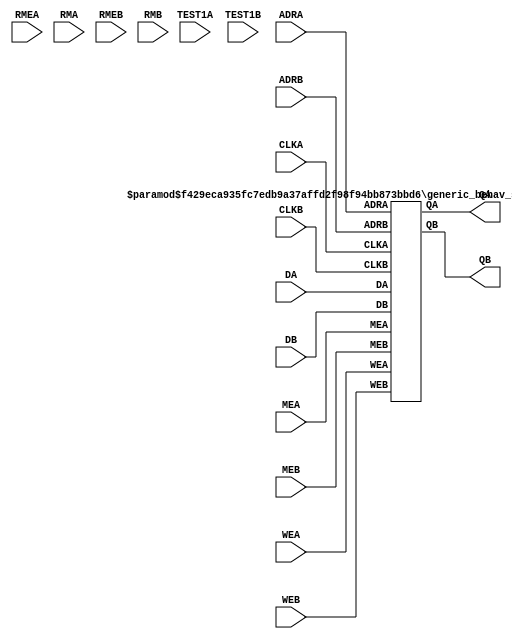
//---------------------------------------------------------------------
//               Copyright(c) Synopsys, Inc.                           
//     All Rights reserved - Unpublished -rights reserved under        
//     the Copyright laws of the United States of America.             
//                                                                     
//  U.S. Patents: 7,093,156 B1 and 7,406,620 B2 (and more pending).    
//                                                                     
//  This file includes the Confidential information of Synopsys, Inc.  
//  and Huali.                                                         
//  The receiver of this Confidential Information shall not disclose   
//  it to any third party and shall protect its confidentiality by     
//  using the same degree of care, but not less than a reasonable      
//  degree of care, as the receiver uses to protect receiver's own     
//  Confidential Information.                                          
//  Licensee acknowledges and agrees that all output generated for     
//  Licensee by Synopsys, Inc. as described in the pertinent Program   
//  Schedule(s), or generated by Licensee through use of any Compiler  
//  licensed hereunder contains information that complies with the     
//  Virtual Component Identification Physical Tagging Standard (VCID)  
//  as maintained by the Virtual Socket Interface Alliance (VSIA).     
//  Such information may be expressed in GDSII Layer 63 or other such  
//  layer designated by the VSIA, hardware definition languages, or    
//  other formats.  Licensee is not authorized to alter or change any  
//  such information.                                                  
//---------------------------------------------------------------------
//                                                                     
//  Built for linux64 and running on linux64.                          
//                                                                     
//  Software           : Rev: S-2021.12                                
//  Library Format     : Rev: 1.05.00                                  
//  Compiler Name      : hu55npkb2p22sadsl512sa04                      
//  Platform           : Linux3.10.0-1160.49.1.el7.x86_64              
//                     : #1 SMP Tue Nov 30 15:51:32 UTC 2021x86_64     
//  Date of Generation : Thu Mar 17 14:58:05 CST 2022                  
//                                                                     
//---------------------------------------------------------------------
//   --------------------------------------------------------------     
//                       Template Revision : 3.6.3                      
//   --------------------------------------------------------------     
//                      * Synchronous, 2-Port SRAM *                  
//                      * Verilog Behavioral Model *                  
//                THIS IS A SYNCHRONOUS 2-PORT MEMORY MODEL           
//                                                                    
//   Memory Name:sadslspkb2p24x64m4b1w0cp0d0t0                        
//   Memory Size:24 words x 64 bits                                   
//                                                                    
//                               PORT NAME                            
//                               ---------                            
//               Output Ports                                         
//                                   QA[63:0]                         
//                                   QB[63:0]                         
//               Input Ports:                                         
//                                   ADRA[4:0]                        
//                                   DA[63:0]                         
//                                   WEA                              
//                                   MEA                              
//                                   CLKA                             
//                                   TEST1A                           
//                                   RMEA                             
//                                   RMA[3:0]                         
//                                   ADRB[4:0]                        
//                                   DB[63:0]                         
//                                   WEB                              
//                                   MEB                              
//                                   CLKB                             
//                                   TEST1B                           
//                                   RMEB                             
//                                   RMB[3:0]                         
// -------------------------------------------------------------------- 
`resetall 
`timescale 1 ns / 1 ps 
`celldefine 
`ifdef verifault // for fault simulation purpose 
`suppress_faults 
`enable_portfaults 
`endif 

`define True    1'b1
`define False   1'b0

module sadslspkb2p24x64m4b1w0cp0d0t0 ( QA, QB, ADRA, DA, WEA, MEA, CLKA, TEST1A, RMEA, RMA, ADRB, DB, WEB, MEB, CLKB, TEST1B, RMEB, RMB);

// Input/Output Ports Declaration
output  [63:0] QA;
output  [63:0] QB;
input  [4:0] ADRA;
input  [63:0] DA;
input WEA;
input MEA;
input CLKA;
input TEST1A;
input RMEA;
input  [3:0] RMA;
input  [4:0] ADRB;
input  [63:0] DB;
input WEB;
input MEB;
input CLKB;
input TEST1B;
input RMEB;
input  [3:0] RMB;


// Local registers, wires, etc
parameter PreloadFilename = "init.file";
`ifdef MEM_CHECK_OFF
parameter MES_ALL = "OFF";
`else
parameter MES_ALL = "ON";
`endif


wire [63:0] QA_tmp;
reg  [63:0] QA_reg;

always @(QA_tmp)
begin
  QA_reg <= QA_tmp;
end

assign QA = QA_reg;

wire [63:0] QB_tmp;
reg  [63:0] QB_reg;

always @(QB_tmp)
begin
  QB_reg <= QB_tmp;
end

assign QB = QB_reg;

generic_behav_sadslspkb2p24x64m4b1w0cp0d0t0 #( PreloadFilename, MES_ALL) u0 ( .QA(QA_tmp), .QB(QB_tmp), .ADRA(ADRA), .DA(DA), .WEA(WEA), .MEA(MEA), .CLKA(CLKA), .ADRB(ADRB), .DB(DB), .WEB(WEB), .MEB(MEB), .CLKB(CLKB) );

endmodule

`endcelldefine 
`ifdef verifault 
`disable_portfaults 
`nosuppress_faults 
`endif 


module generic_behav_sadslspkb2p24x64m4b1w0cp0d0t0 (  QA, QB, ADRA, DA, WEA, MEA, CLKA, ADRB, DB, WEB, MEB, CLKB );

parameter PreloadFilename = "init.file";
parameter MES_ALL = "ON";
parameter words = 24, bits = 64, addrbits = 5;

output [bits-1:0] QA;
output [bits-1:0] QB;
input [addrbits-1:0] ADRA;
input [bits-1:0] DA;
input WEA;
input MEA;
input CLKA;
input [addrbits-1:0] ADRB;
input [bits-1:0] DB;
input WEB;
input MEB;
input CLKB;

reg [bits-1:0] QA;
reg [bits-1:0] QB;

reg [addrbits-1:0] ADRAlatched;
reg MEAlatched;
reg WEAlatched;
reg [bits-1:0] DAlatched;

reg [addrbits-1:0] ADRBlatched;
reg MEBlatched;
reg WEBlatched;
reg [bits-1:0] DBlatched;


reg CLK_A_T, CLK_B_T;

reg flaga_clk_valid;
reg flagb_clk_valid;
reg mes_all_valid;

wire [1:0] ADRA_valid;
wire [1:0] ADRB_valid;
reg [63:0] mem_core_array [0:23];

parameter DataX = { bits { 1'bx } };

// -------------------------------------------------------------------
// Common tasks
// -------------------------------------------------------------------

// Task to report unknown messages
task report_unknown;
input [8*6:1] signal;
begin
    if( MES_ALL=="ON" && $realtime != 0 && mes_all_valid )
    begin
      $display("<<%0s unknown>> at time=%t; instance=%m (RAMS1H)",signal,$realtime);
    end
end
endtask


task corrupt_all_loc;
 input flag_range_ok;
 integer addr_index;
 begin
  if( flag_range_ok == `True)
   begin
    for( addr_index = 0; addr_index < words; addr_index = addr_index + 1) begin
     mem_core_array[ addr_index] = DataX;
    end
   end
 end
endtask


/////////////////////////////////////////////
/////Simultaneous Clock handling
/////////////////////////////////////////////

wire same_edge;

assign same_edge =  (CLK_A_T & CLK_B_T) ? 1'b1 : 1'b0;

always @( posedge same_edge)
begin : blk_same_edge
  if ((( ADRAlatched === ADRBlatched ) && (ADRA_valid == 2'b00)) && ( ^ADRAlatched !== 1'bx ) && ( ^ADRBlatched !== 1'bx ))
  begin
    if ( MEAlatched !== 1'b0 && MEBlatched !== 1'b0 )
    begin
      if ( WEAlatched !== 1'b0 && WEBlatched !== 1'b0 )
      begin
        mem_core_array[ADRAlatched] = DataX;
      end // end of A B port write
      else if ( WEAlatched !== 1'b0 )
      begin
        WritePortA;
        QB = DataX;
      end // end of write A
      else if ( WEBlatched !== 1'b0 )
      begin
        WritePortB;
        QA = DataX;
      end // end of write B
      else
      begin
        ReadPortA;
        ReadPortB;
      end // end of A B read
    end // end of if MEAlatched and MEBlatched
  end // end of if ADRA and ADRB
end // end of block blk_same_edge

initial 
begin
  flaga_clk_valid = `False;
  mes_all_valid = 1'b0;
end 

assign ADRA_valid = (( ^ADRA === 1'bx ) ? 2'b01 : ( ( ADRA > 5'b10111 ) ? 2'b10 : 2'b00 ));

always @ ( negedge CLKA )
begin : blk_negedge_clk_0
  if ( CLKA !== 1'bx )
  begin
    flaga_clk_valid = `True;
  end // end if CLKA != X
  else
  begin
    report_unknown("CLKA");
    flaga_clk_valid = `False;
    QA = DataX;
    corrupt_all_loc(`True);
  end // end of else of CLKA != X
end // end of block blk_negedge_clk_0

always @ ( posedge CLKA )
begin : blk_posedge_clk_0
   ADRAlatched = ADRA;
   MEAlatched = MEA;
   WEAlatched = WEA;
   DAlatched = DA;
  if ( flaga_clk_valid )
  begin
    if ( CLKA === 1'b1)
    begin
      if ( MEA === 1'b1) 
      begin
        if ( WEA === 1'b1) 
        begin
          WritePortA;
        end // end of Write
        else if ( WEA === 1'b0 )
        begin
          ReadPortA;
        end // end of Read
        else
        begin
          report_unknown("WEA");
          mem_core_array[ADRA] = DataX;
          if ( ADRA_valid === 2'b00 ) 
          begin
            QA = DataX;
          end // end of if ADRA_valid = 2'b00
          else if ( ADRA_valid === 2'b01 ) 
          begin
            QA = DataX;
            corrupt_all_loc(`True);
          end // end of else of ADRA_valid = 2'b01
        end // end of else of WEA = X
      end // end of MEA = 1
      else
      begin
        if ( MEA === 1'bx ) 
        begin
          report_unknown("MEA");
          `ifdef virage_ignore_read_addrx
            if ( WEA === 1'b1 )
            begin
              corrupt_all_loc(`True);
            end
            else
            begin
              QA = 64'bx;
            end
          `else
            begin
              corrupt_all_loc(`True);
              if ( WEA === 1'b0 )
              begin
                QA = 64'bx;
              end
            end
          `endif
        end // end of if MEA = X
      end // end of else of MEA = 1
      CLK_A_T = 1;
      #2.181
      CLK_A_T = 0;
    end // end of if CLKA = 1
    else 
    begin
      if ( CLKA === 1'bx ) 
      begin
        report_unknown("CLKA");
        QA = DataX;
        corrupt_all_loc(`True);
      end // end of if CLKA = 1'bx
    end // end of else of CLKA = 1
  end // end of if flaga_clk_valid = 1
  else 
  begin
    QA = DataX;
    corrupt_all_loc(`True);
  end // end of else of flaga_clk_valid = 1
end // end of block blk_posedge_clk_0

task WritePortA;
begin : blk_WritePortA
  if ( ADRA_valid === 2'b00 )
  begin
    mem_core_array[ADRA] = DA;
    if ( !mes_all_valid )
       mes_all_valid = 1'b1;
    if ( ^DA === 1'bx )
    begin
      report_unknown("DA");
    end
  end // end of if ADRA_valid = 2'b00
  else if (ADRA_valid === 2'b10 )
  begin
    if ( MES_ALL == "ON" && $realtime != 0 && mes_all_valid )
    begin
      $display("<<WARNING:address is out of range\n RANGE:0 to 23>> at time=%t; instance=%m (RAMS1H)",$realtime);
    end // end of if mes_all_valid 
  end // end of else of ADRA_valid = 2'b10
  else 
  begin
    report_unknown("ADRA");
    corrupt_all_loc(`True);
  end // end of else of ADRA_valid = 2'b01
end // end of block blk_WritePortA
endtask

task ReadPortA;
begin : blk_ReadPortA
  if ( ADRA_valid === 2'b00 )
  begin
    QA = mem_core_array[ADRAlatched];
  end // end of if ADRA_valid = 2'b00
  else if ( ADRA_valid === 2'b10 )
  begin
    QA = DataX;
    if ( MES_ALL == "ON" && $realtime != 0 && mes_all_valid )
    begin
      $display("<<WARNING:address is out of range\n RANGE:0 to 23>> at time=%t; instance=%m (RAMS1H)",$realtime);
    end // end of if mes_all_valid
  end // end of else of ADRA_valid = 2'b10
  else 
  begin
    report_unknown("ADRA");
    QA = DataX;
    `ifdef virage_ignore_read_addrx
      if ( WEA === 1'b1 )
        corrupt_all_loc(`True);
    `else
        corrupt_all_loc(`True);
    `endif
  end // end of else of ADRA_valid = 2'b01
end // end of block blk_ReadPortA
endtask

initial 
begin
  flagb_clk_valid = `False;
  mes_all_valid = 1'b0;
end 

assign ADRB_valid = (( ^ADRB === 1'bx ) ? 2'b01 : ( ( ADRB > 5'b10111 ) ? 2'b10 : 2'b00 ));

always @ ( negedge CLKB )
begin : blk_negedge_clk_1
  if ( CLKB !== 1'bx )
  begin
    flagb_clk_valid = `True;
  end // end if CLKB != X
  else
  begin
    report_unknown("CLKB");
    flagb_clk_valid = `False;
    QB = DataX;
    corrupt_all_loc(`True);
  end // end of else of CLKB != X
end // end of block blk_negedge_clk_1

always @ ( posedge CLKB )
begin : blk_posedge_clk_1
   ADRBlatched = ADRB;
   MEBlatched = MEB;
   WEBlatched = WEB;
   DBlatched = DB;
  if ( flagb_clk_valid )
  begin
    if ( CLKB === 1'b1)
    begin
      if ( MEB === 1'b1) 
      begin
        if ( WEB === 1'b1) 
        begin
          WritePortB;
        end // end of Write
        else if ( WEB === 1'b0 )
        begin
          ReadPortB;
        end // end of Read
        else
        begin
          report_unknown("WEB");
          mem_core_array[ADRB] = DataX;
          if ( ADRB_valid === 2'b00 ) 
          begin
            QB = DataX;
          end // end of if ADRB_valid = 2'b00
          else if ( ADRB_valid === 2'b01 ) 
          begin
            QB = DataX;
            corrupt_all_loc(`True);
          end // end of else of ADRB_valid = 2'b01
        end // end of else of WEB = X
      end // end of MEB = 1
      else
      begin
        if ( MEB === 1'bx ) 
        begin
          report_unknown("MEB");
          `ifdef virage_ignore_read_addrx
            if ( WEB === 1'b1 )
            begin
              corrupt_all_loc(`True);
            end
            else
            begin
              QB = 64'bx;
            end
          `else
            begin
              corrupt_all_loc(`True);
              if ( WEB === 1'b0 )
              begin
                QB = 64'bx;
              end
            end
          `endif
        end // end of if MEB = X
      end // end of else of MEB = 1
      CLK_B_T = 1;
      #2.181
      CLK_B_T = 0;
    end // end of if CLKB = 1
    else 
    begin
      if ( CLKB === 1'bx ) 
      begin
        report_unknown("CLKB");
        QB = DataX;
        corrupt_all_loc(`True);
      end // end of if CLKB = 1'bx
    end // end of else of CLKB = 1
  end // end of if flagb_clk_valid = 1
  else 
  begin
    QB = DataX;
    corrupt_all_loc(`True);
  end // end of else of flagb_clk_valid = 1
end // end of block blk_posedge_clk_1

task WritePortB;
begin : blk_WritePortB
  if ( ADRB_valid === 2'b00 )
  begin
    mem_core_array[ADRB] = DB;
    if ( !mes_all_valid )
       mes_all_valid = 1'b1;
    if ( ^DB === 1'bx )
    begin
      report_unknown("DB");
    end
  end // end of if ADRB_valid = 2'b00
  else if (ADRB_valid === 2'b10 )
  begin
    if ( MES_ALL == "ON" && $realtime != 0 && mes_all_valid )
    begin
      $display("<<WARNING:address is out of range\n RANGE:0 to 23>> at time=%t; instance=%m (RAMS1H)",$realtime);
    end // end of if mes_all_valid 
  end // end of else of ADRB_valid = 2'b10
  else 
  begin
    report_unknown("ADRB");
    corrupt_all_loc(`True);
  end // end of else of ADRB_valid = 2'b01
end // end of block blk_WritePortB
endtask

task ReadPortB;
begin : blk_ReadPortB
  if ( ADRB_valid === 2'b00 )
  begin
    QB = mem_core_array[ADRBlatched];
  end // end of if ADRB_valid = 2'b00
  else if ( ADRB_valid === 2'b10 )
  begin
    QB = DataX;
    if ( MES_ALL == "ON" && $realtime != 0 && mes_all_valid )
    begin
      $display("<<WARNING:address is out of range\n RANGE:0 to 23>> at time=%t; instance=%m (RAMS1H)",$realtime);
    end // end of if mes_all_valid
  end // end of else of ADRB_valid = 2'b10
  else 
  begin
    report_unknown("ADRB");
    QB = DataX;
    `ifdef virage_ignore_read_addrx
      if ( WEB === 1'b1 )
        corrupt_all_loc(`True);
    `else
        corrupt_all_loc(`True);
    `endif
  end // end of else of ADRB_valid = 2'b01
end // end of block blk_ReadPortB
endtask

endmodule